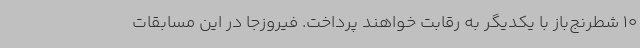
10 شطرنج‌باز با یکدیگر به رقابت خواهند پرداخت. فیروزجا در این مسابقات